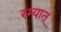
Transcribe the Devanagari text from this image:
रम्यात्